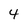
Character: 4